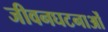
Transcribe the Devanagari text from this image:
जीवनघटनाओं